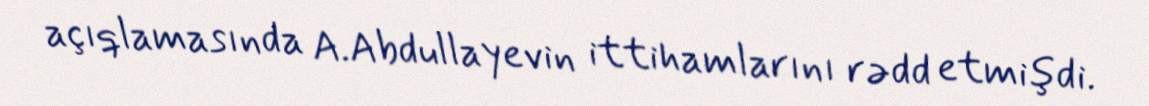
açıqlamasında A.Abdullayevin ittihamlarını rədd etmişdi.